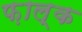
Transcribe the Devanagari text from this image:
फ़ाल्क